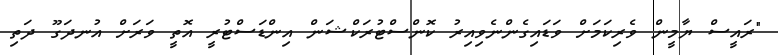
"ރައީސް ޔާމީން ވެރިކަމަށް ވަޑައިގެންނެވިއިރު ކޮންސްޓުރަކްޝަން އިންޑަސްޓުރީ އޮތީ ވަރަށް އުނދަގޫ ދަތި